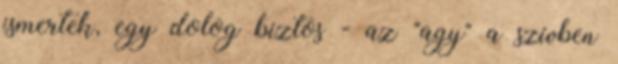
ismertek, egy dolog biztos - az "agy" a szívben